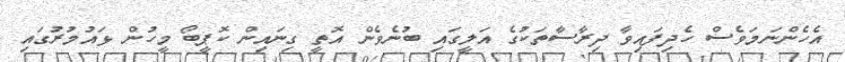
އެހެންނަމަވެސް ހެދިފައިވާ ދިރާސާތަކުގެ އަލީގައި ބުނެވެން އޮތީ ގިނައިން ކޮޕީބޯ މީހުން ޅައުމުރުގައި